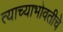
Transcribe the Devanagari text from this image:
त्याच्याभोवतीचे